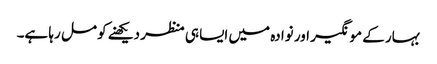
بہار کے مونگیر اور نوادہ میں ایسا ہی منظر دیکھنے کو مل رہا ہے۔